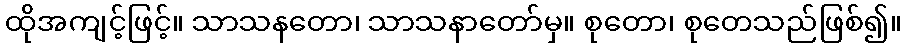
ထိုအကျင့်ဖြင့်။ သာသနတော၊ သာသနာတော်မှ။ စုတော၊ စုတေသည်ဖြစ်၍။